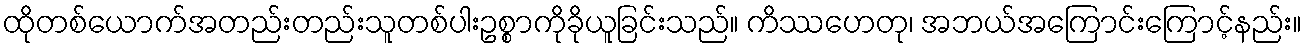
ထိုတစ်ယောက်အတည်းတည်းသူတစ်ပါးဥစ္စာကိုခိုယူခြင်းသည်။ ကိဿဟေတု၊ အဘယ်အကြောင်းကြောင့်နည်း။